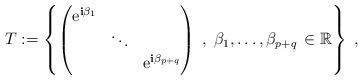
LaTeX: \begin{align*}T:=\left\{\begin{pmatrix}\mathrm{e}^{\mathbf{i}\beta_{1}}&&\\ &\ddots&\\ &&\mathrm{e}^{\mathbf{i}\beta_{p+q}}\end{pmatrix}\;,\; \beta_{1},\ldots, \beta_{p+q}\, \in \mathbb{R} \right\}\; ,\end{align*}